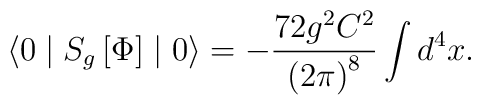
\langle 0\mid S_g\left[ \Phi \right] \mid 0\rangle=-\frac{72g^2C^2}{\left(2\pi \right) ^8}\int d^4x.